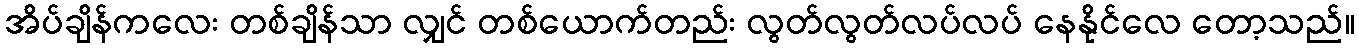
အိပ်ချိန်ကလေး တစ်ချိန်သာ လျှင် တစ်ယောက်တည်း လွတ်လွတ်လပ်လပ် နေနိုင်လေ တော့သည်။